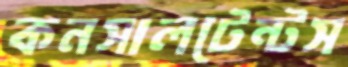
কনসালটেন্টস